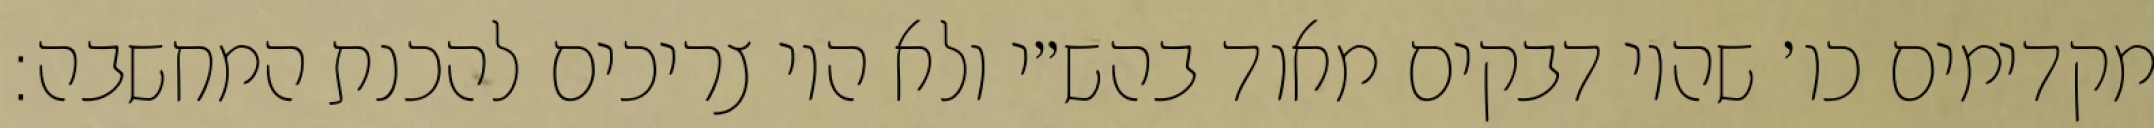
מקדימים כו׳ שהיו דבקים מאוד בהש״י ולא היו צריכים להכנת המחשבה: